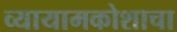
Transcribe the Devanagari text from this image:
व्यायामकोशाचा